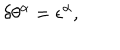
\delta \theta ^ { \alpha } = \epsilon ^ { \alpha } ,